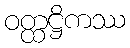
ဝတ္ထဋ္ဌိကဿ